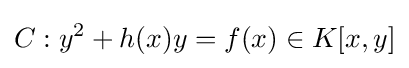
C:y^{2}+h(x)y=f(x)\in K[x,y]